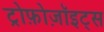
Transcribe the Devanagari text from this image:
ट्रोफ़ोज़ॉइट्स